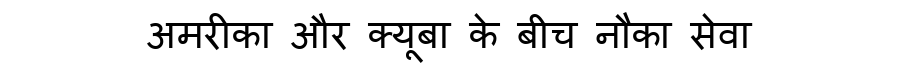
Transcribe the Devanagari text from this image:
अमरीका और क्यूबा के बीच नौका सेवा